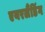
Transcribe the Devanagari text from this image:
एयरलैंडिंग